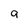
Character: 9